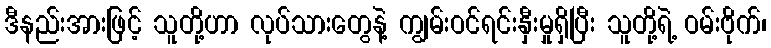
ဒီနည်းအားဖြင့် သူတို့ဟာ လုပ်သားတွေနဲ့ ကျွမ်းဝင်ရင်းနှီးမှုရှိပြီး သူတို့ရဲ့ ဝမ်းဗိုက်၊